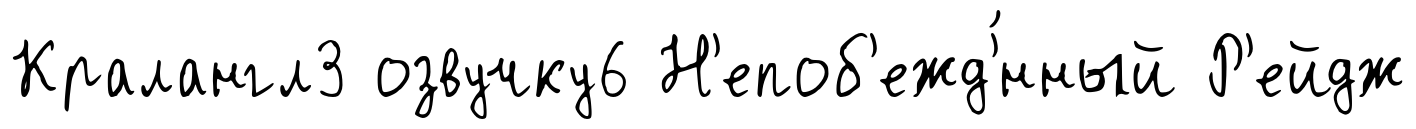
Кралангл3 озвучку6 Н'епоб'ежд'́нный Р'ейдж